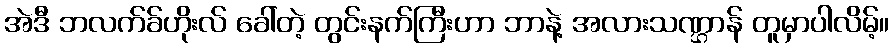
အဲဒီ ဘလက်ခ်ဟိုးလ် ခေါ်တဲ့ တွင်းနက်ကြီးဟာ ဘာနဲ့ အလားသဏ္ဌာန် တူမှာပါလိမ့်။